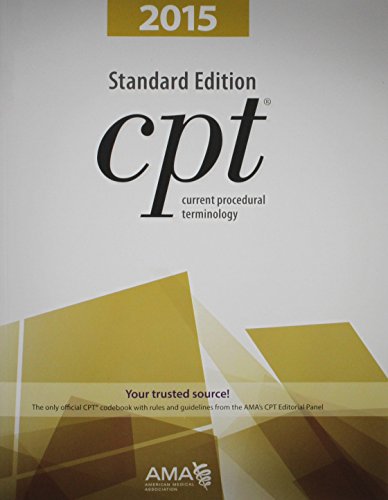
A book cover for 2016 ICD-10-CM Standard Edition and AMA 2015 CPT Standard Edition Package, 1e; Carol J. Buck MS  CPC  CCS-P; Medical Books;